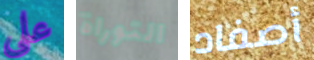
على التوراة أصفاد